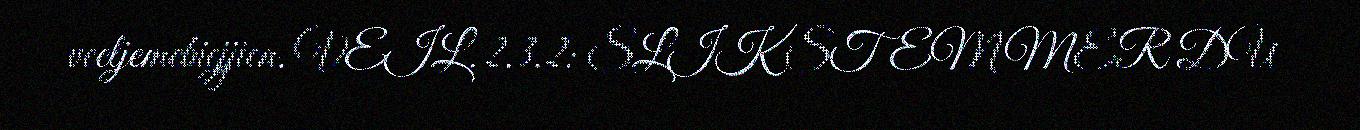
veeljemebiejjien. VEIL. 2.3.2: SLIK STEMMER DU